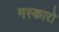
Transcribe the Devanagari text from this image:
मस्कारो